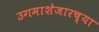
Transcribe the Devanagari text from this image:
उगमाशेजारच्या